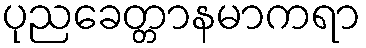
ပုညခေတ္တာနမာကရာ